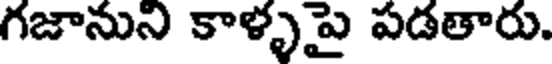
గజానుని కాళ్ళపై పడతారు.